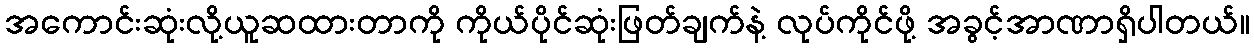
အကောင်းဆုံးလို့ယူဆထားတာကို ကိုယ်ပိုင်ဆုံးဖြတ်ချက်နဲ့ လုပ်ကိုင်ဖို့ အခွင့်အာဏာရှိပါတယ်။